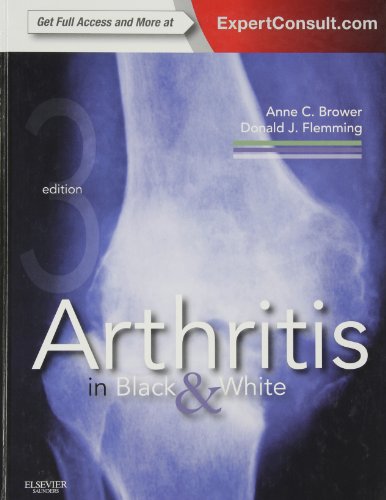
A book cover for Arthritis in Black and White: Expert Consult - Online and Print, 3e; Anne C. Brower MD; Health, Fitness & Dieting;